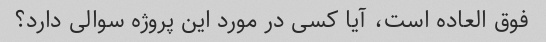
فوق العاده است، آیا کسی در مورد این پروژه سوالی دارد؟